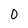
Character: 0